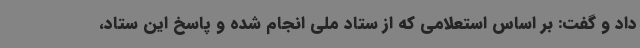
داد و گفت: بر اساس استعلامی که از ستاد ملی انجام شده و پاسخ این ستاد،